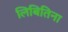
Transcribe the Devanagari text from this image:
लिबितिना